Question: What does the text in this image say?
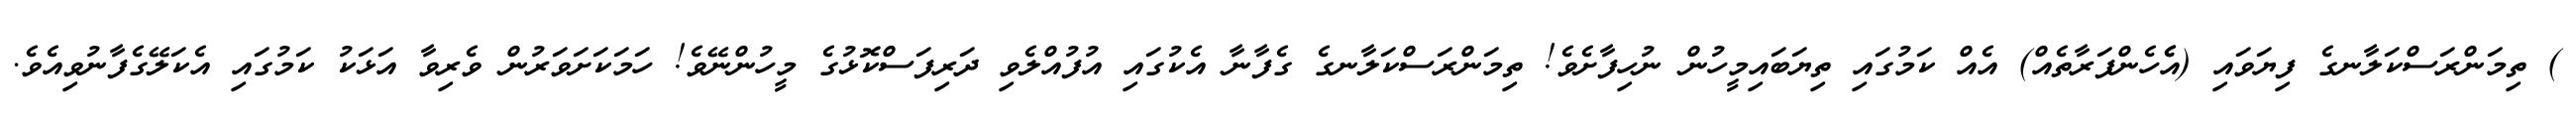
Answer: ) ތިމަންރަސްކަލާނގެ ފިޔަވައި (އެެހެންފަރާތެއް) އެއް ކަމުގައި ތިޔަބައިމީހުން ނުހިފާށެވެ! ތިމަންރަސްކަލާނގެ ގެފާނާ އެކުގައި އުފުއްލެވި ދަރިފަސްކޮޅުގެ މީހުންނޭވެ! ހަމަކަށަވަރުން ވެރިވާ އަޅަކު ކަމުގައި އެކަލޭގެފާނުވިއެވެ.